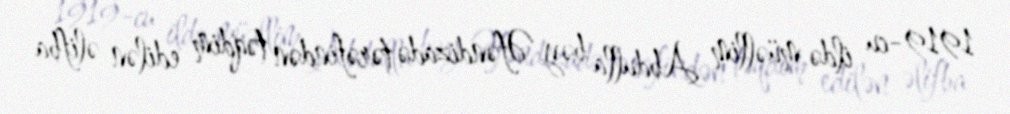
1919-cu ildə müəllim Abdulla bəy Əfəndizadə tərəfindən təqdim edilən əlifba